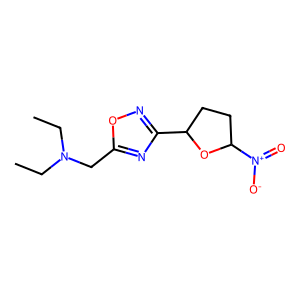
SMILES: CCN(CC)Cc1nc(C2CCC([N+](=O)[O-])O2)no1
Inhibits HIV replication: No